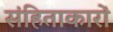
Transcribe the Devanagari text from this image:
संहिताकारों